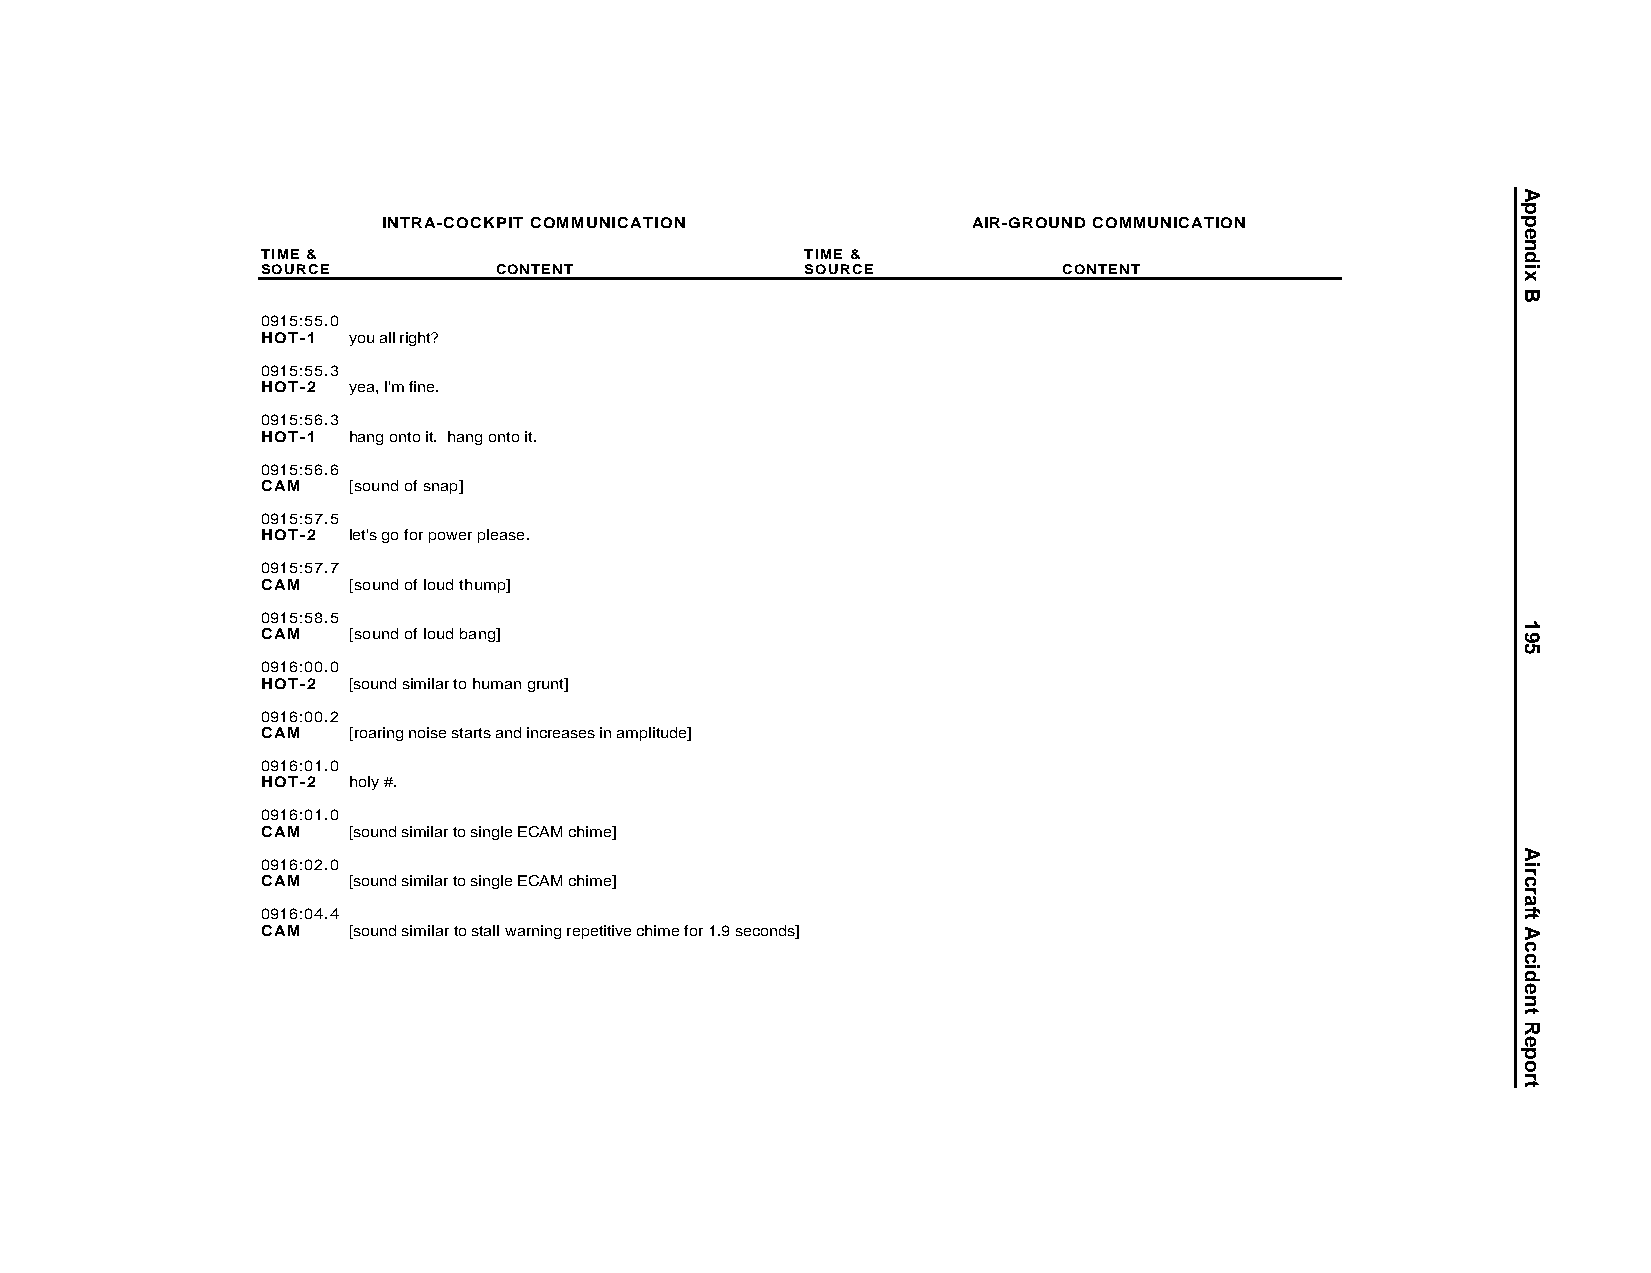
INTRA-COCKPIT COMMUNICATION            AIR-GROUND COMMUNICATION
 TIME &                              TIME &
 SOURCE          CONTENT             SOURCE           CONTENT
 0915:55.0
 HOT-1 you all right?
 0915:55.3
 HOT-2 yea, I'm fine.
 0915:56.3
 HOT-1 hang onto it. hang onto it.
 0915:56.6
 CAM   [sound of snap]
 0915:57.5
 HOT-2 let's go for power please.
 0915:57.7
 CAM   [sound of loud thump]
 0915:58.5
 CAM   [sound of loud bang]
 0916:00.0
 HOT-2 [sound similar to human grunt]
 0916:00.2
 CAM   [roaring noise starts and increases in amplitude]
 0916:01.0
 HOT-2 holy #.
 0916:01.0
 CAM   [sound similar to single ECAM chime]
 0916:02.0
 CAM   [sound similar to single ECAM chime]
 0916:04.4
 CAM   [sound similar to stall warning repetitive chime for 1.9 seconds]
 Appendix
 B
 195
 AircraftAccidentReport